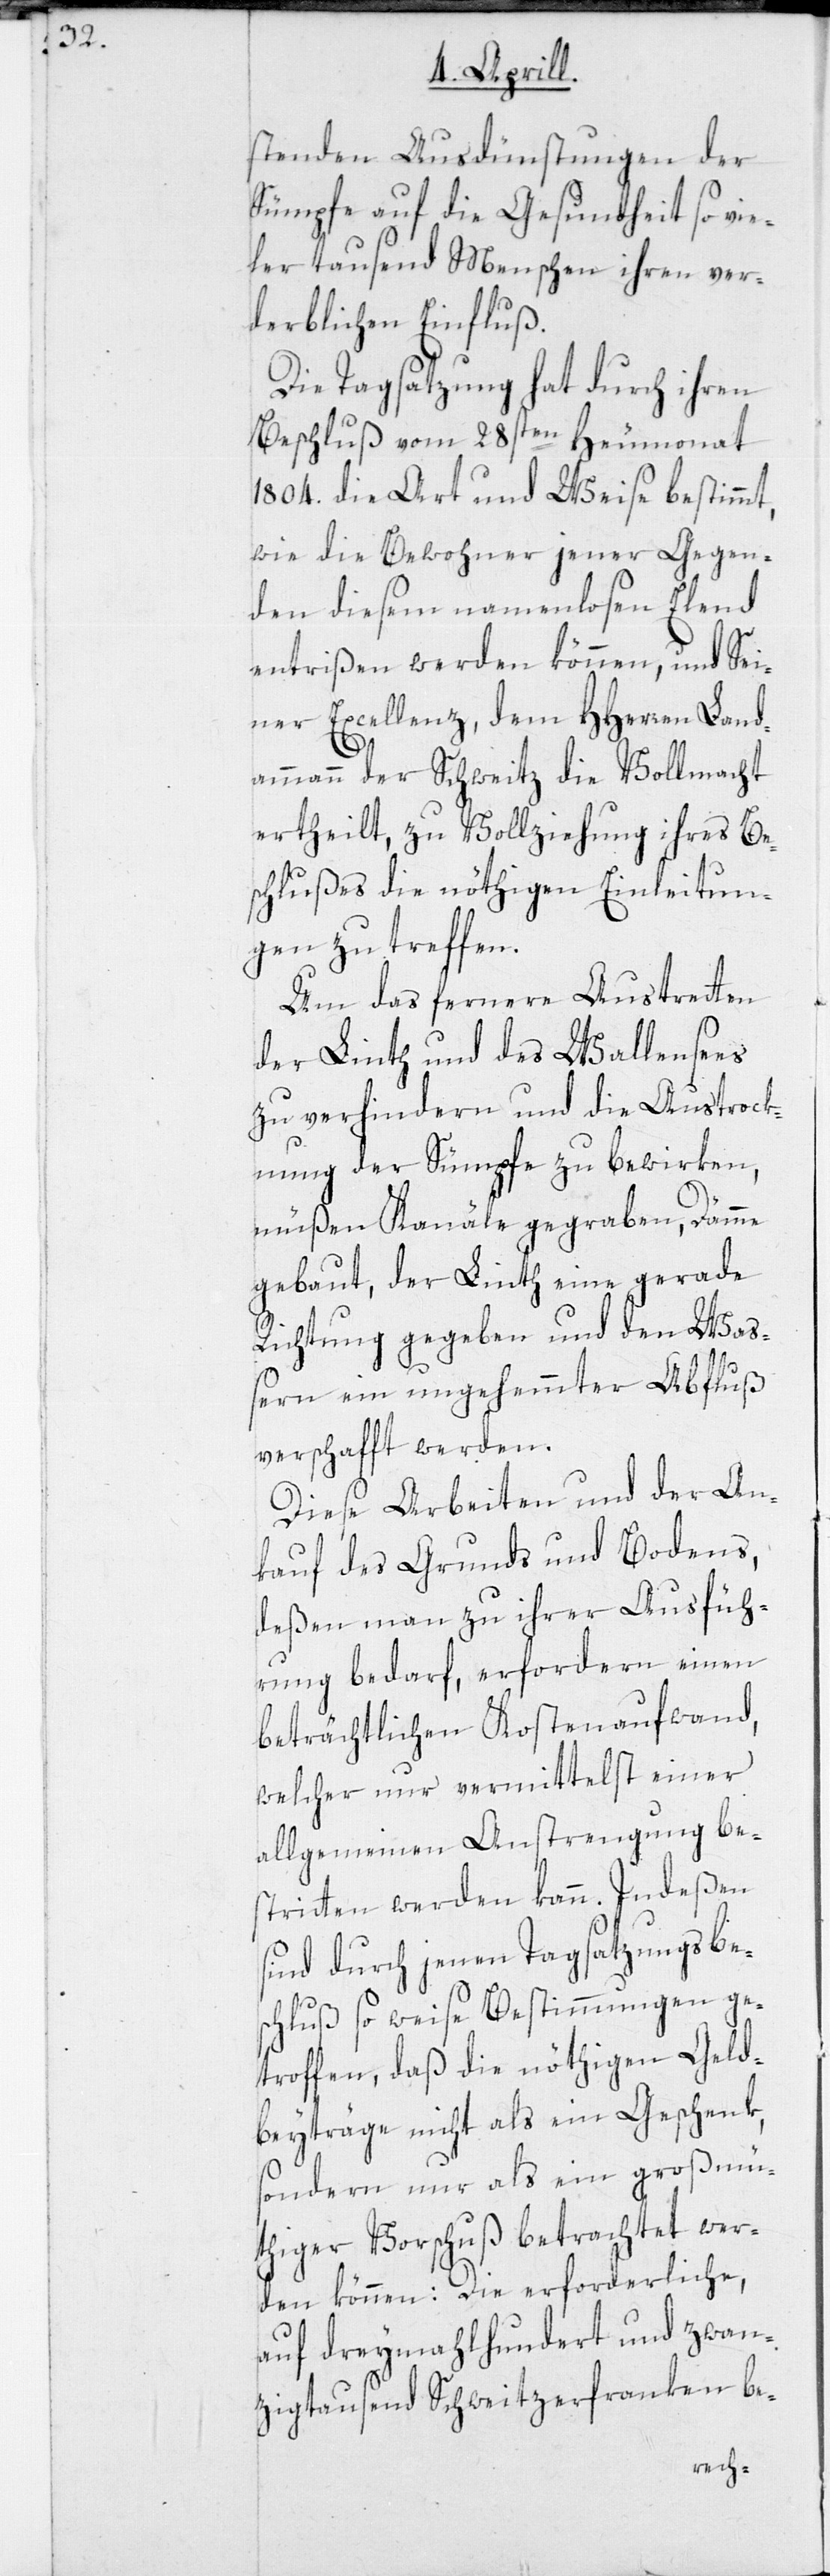
stenden Ausdünstungen der
Sümpfe auf die Gesundheit so vie¬
ler tausend Menschen ihren ver¬
derblichen Einfluß.
Die Tagsatzung hat durch ihren
Beschluß vom 28sten Heumonat
1804. die Art und Weise bestimmt,
wie die Bewohner jener Gegen¬
den diesem namenlosen Elend
entrißen werden können, und Sei¬
ner Excellenz, dem HHerren Land¬
ammann der Schweitz die Vollmacht
ertheilt, zu Vollziehung ihres Be¬
schlußes die nöthigen Einleitun¬
gen zu treffen.
Um das fernere Austretten
der Linth und des Wallensees
zu verhindern und die Austrock¬
nung der Sümpfe zu bewirken,
müßen Kanäle gegraben, Dämme
gebaut, der Linth eine gerade
Richtung gegeben und den Was¬
sern ein ungehemmter Abfluß
verschafft werden.
Diese Arbeiten und der Ankauf
deßen man zu ihrer Ausfüh¬
rung bedarf, erfordern einen
beträchtlichen Kostenaufwand,
welcher nur vermittelst einer
allgemeinen Anstrengung be¬
stritten werden kann. Indeßen
sind durch jenen Tagsatzungsbes¬
chluß so weise Bestimmungen ge¬
troffen, daß die nöthigen Geld¬
beyträge nicht als ein Geschenk,
sondern nur als ein großmü¬
thiger Vorschuß betrachtet wer¬
den können: Die erforderliche,
auf dreymahlhundert und zwan¬
zigtausend Schweitzerfranken be-